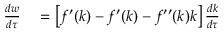
\begin{array} { r l } { { \frac { d w } { d \tau } } } & { { } = \left[ f ^ { \prime } ( k ) - f ^ { \prime } ( k ) - f ^ { \prime \prime } ( k ) k \right] { \frac { d k } { d \tau } } } \end{array}